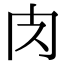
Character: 𮌇